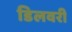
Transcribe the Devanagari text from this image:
डिलवरी